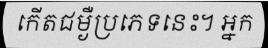
កើតជម្ងឺប្រភេទនេះ។ អ្នក